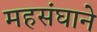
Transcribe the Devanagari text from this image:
महसंघाने